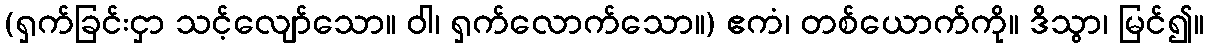
(ရှက်ခြင်းငှာ သင့်လျော်သော။ ဝါ၊ ရှက်လောက်သော။) ဧကံ၊ တစ်ယောက်ကို။ ဒိသွာ၊ မြင်၍။